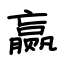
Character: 赢